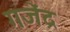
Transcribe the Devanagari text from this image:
गजॆंद्र